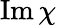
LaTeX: \operatorname{Im}\chi